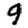
Digit: 9